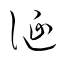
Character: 誕